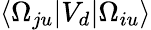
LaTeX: \langle\Omega_{ju}|V_{d}|\Omega_{iu}\rangle